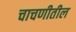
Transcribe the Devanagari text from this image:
चाचणीतील